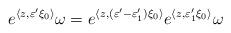
LaTeX: \begin{align*}e^{\langle z, \varepsilon'\xi_0 \rangle}\omega = e^{\langle z, (\varepsilon'-\varepsilon'_1)\xi_0 \rangle}e^{\langle z, \varepsilon'_1\xi_0 \rangle}\omega\end{align*}